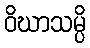
ဝိဃာသမ္ပိ